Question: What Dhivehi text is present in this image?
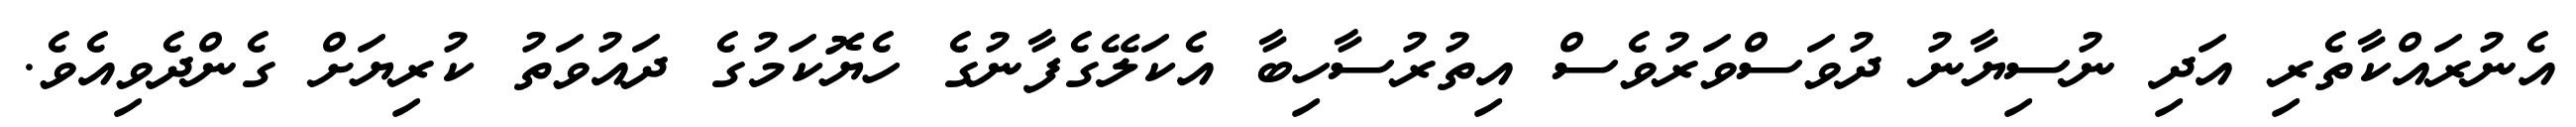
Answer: އެނުރައްކާތެރި އަދި ނުސިޔާނު ދުވަސްވަރުވެސް އިތުރުސާހިބާ އެކަލޭގެފާނުގެ ހެޔޮކަމުގެ ދައުވަތު ކުރިޔަށް ގެންދެވިއެވެ.